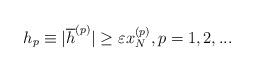
LaTeX: \begin{align*}h_{p}\equiv|\overline{h}^{(p)}|\geq\varepsilon x_{N}^{(p)},p=1,2,...\end{align*}